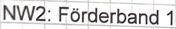
Text: NW2: Förderband 1